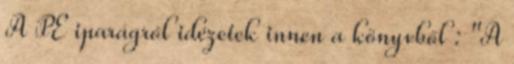
A PE iparágról idézetek innen a könyvből : "A